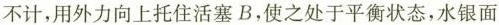
不计，用外力向上托住活塞B，使之处于平衡状态，水银面